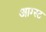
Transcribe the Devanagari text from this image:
आग्‍स्‍ट